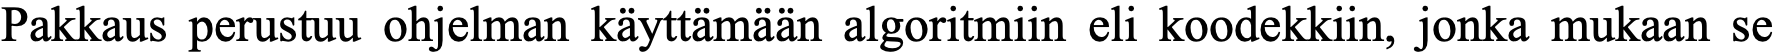
Pakkaus perustuu ohjelman käyttämään algoritmiin eli koodekkiin, jonka mukaan se